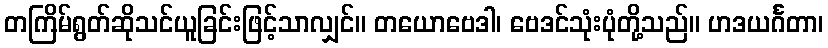
တကြိမ်ရွတ်ဆိုသင်ယူခြင်းဖြင့်သာလျှင်။ တယောဗေဒါ၊ ဗေဒင်သုံးပုံတို့သည်။ ဟဒယင်္ဂတာ၊